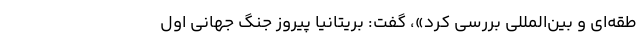
طقه‌ای و بین‌المللی بررسی کرد»، گفت: بریتانیا پیروز جنگ جهانی اول